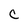
Character: C